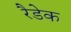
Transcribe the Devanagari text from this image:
रैडेक